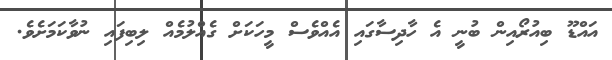
އައްޑޫ ބިއުރޯއިން ބުނީ އެ ހާދިސާގައި އެއްވެސް މީހަކަށް ގެއްލުމެއް ލިބިފައި ނުވާކަމަށެވެ.